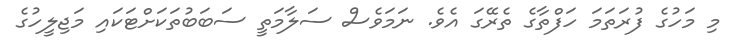
މި މަހުގެ ފުރަތަމަ ހަފްތާގެ ތެރޭގަ އެވެ. ނަމަވެސް ސަލާމަތީ ސަބަބުތަކަށްޓަކައި މަޖިލީހުގެ